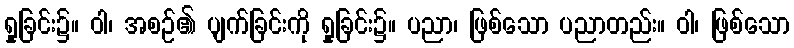
ရှုခြင်း၌။ ဝါ၊ အစဉ်၏ ပျက်ခြင်းကို ရှုခြင်း၌။ ပညာ၊ ဖြစ်သော ပညာတည်း။ ဝါ၊ ဖြစ်သော